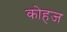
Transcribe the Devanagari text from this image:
कोहज